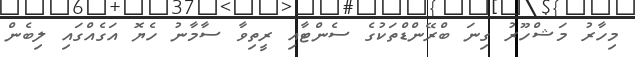
މިހާރު މަޝްހޫރު ގިނަ ބްރޭންޑްތަކުގެ ސެންޓާއި ރީތިވާ ސާމާނު ހެޔޮ އަގެއްގައި ލިބެން